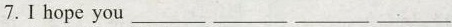
7.I hope you___ ___ ___ ___